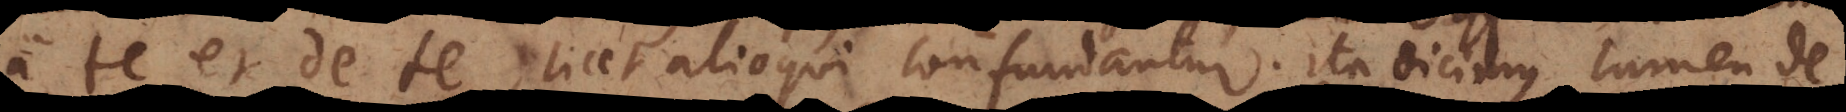
a te et de te, licet alioqui confundantur. Ita dicimus lumen de